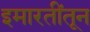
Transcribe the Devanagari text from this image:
इमारतींतून